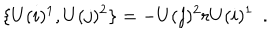
LaTeX: \{ U ( i ) ^ { 1 } , U ( j ) ^ { 2 } \} = - U ( j ) ^ { 2 } r U ( i ) ^ { 1 } \ \ .